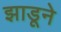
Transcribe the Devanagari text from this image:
झाडूने